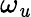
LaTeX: \omega_{\mathit{u}}